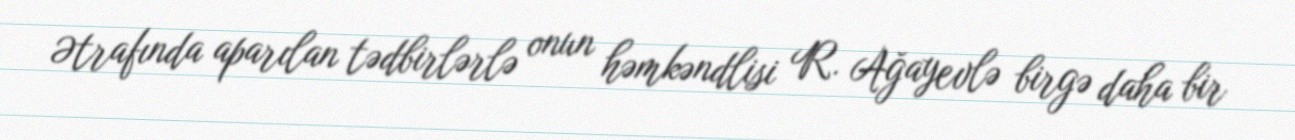
Ətrafında aparılan tədbirlərlə onun həmkəndlisi R. Ağayevlə birgə daha bir